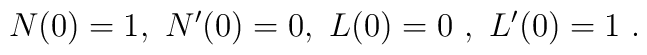
N(0)=1, \ N'(0)=0, \ L(0)=0 \ , \ L'(0)=1 \ .